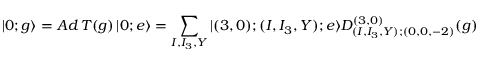
| 0 ; g \rangle = A d \, T ( g ) \, | 0 ; e \rangle = \sum _ { I , I _ { 3 } , Y } | ( 3 , 0 ) ; ( I , I _ { 3 } , Y ) ; e \rangle D _ { ( I , I _ { 3 } , Y ) ; ( 0 , 0 , - 2 ) } ^ { ( 3 , 0 ) } ( g )